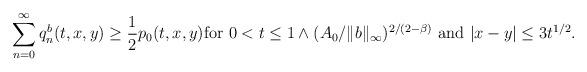
LaTeX: \begin{align*} \sum_{n=0}^\infty q_n^b(t,x,y)\geq \frac{1}{2}p_0(t,x,y) \hbox{for } 0<t \leq 1\wedge( A_0/\|b\|_\infty)^{2/(2 -\beta)}\hbox{ and } |x-y|\leq 3 t^{1/2} .\end{align*}